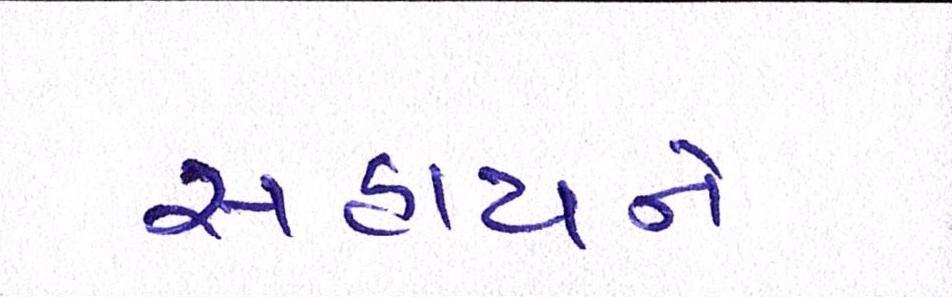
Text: સહાયને